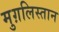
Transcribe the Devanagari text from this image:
मुग़लिस्तान